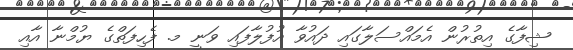
ޝިފާގެ އިތުރުން އެމައްސަލާގައި ދައުވާ އުފުލާފައި ވަނީ މ. ފެހިފަތްގެ ޔުމްނާ އާއި